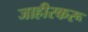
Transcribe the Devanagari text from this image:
जाहीरकरू